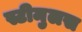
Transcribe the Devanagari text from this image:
स्टीमुलस